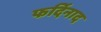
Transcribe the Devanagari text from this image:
फर्दिनाद